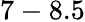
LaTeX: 7-8.5